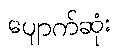
ပျောက်ဆုံး